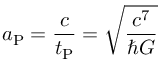
a _ { \mathrm { P } } = { \frac { c } { t _ { \mathrm { P } } } } = { \sqrt { \frac { c ^ { 7 } } { \hbar G } } }